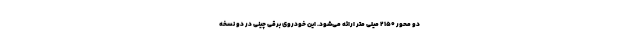
دو محور ۲۱۵۰ میلی متر ارائه می‌شود. این خودروی برقی چینی در دو نسخه